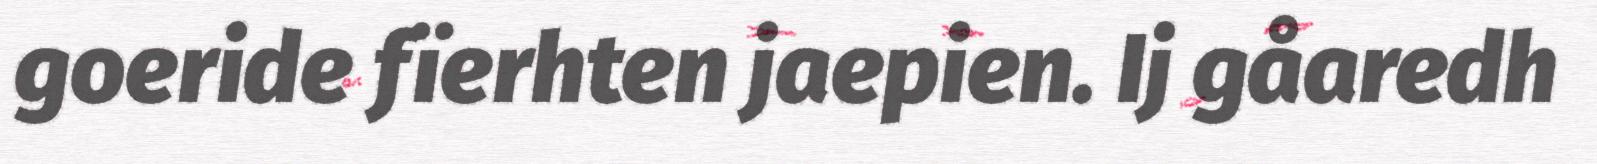
goeride fïerhten jaepien. Ij gåaredh